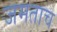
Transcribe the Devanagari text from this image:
जमताच